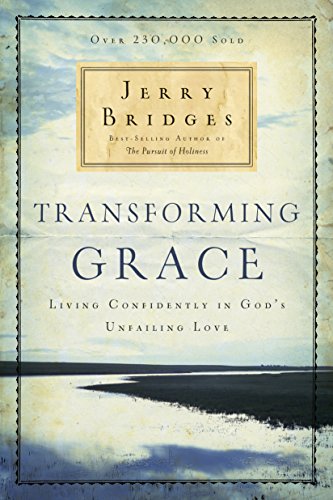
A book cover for Transforming Grace: Living Confidently in God's Unfailing Love; Jerry Bridges; Christian Books & Bibles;